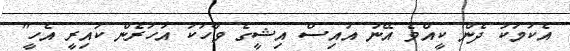
އެކަމަކު ދެން ކީއްވެ އޭނަ އައިސް އިޝީގެ ވާހަކަ އަހަރެން ކައިރީ އެހީ"